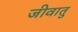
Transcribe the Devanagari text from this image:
जीवातु